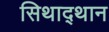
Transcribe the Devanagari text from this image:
सिथाद्थान